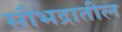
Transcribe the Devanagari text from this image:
सौभद्रातील